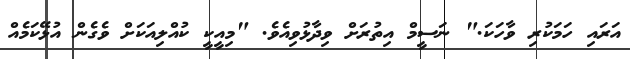
އަރައި ހަމަކުރި ވާހަކަ." ނަސީމް އިތުރަށް ވިދާޅުވިއެވެ. "މިއީކީ ކުއްލިއަކަށް ވެގެން އުޅޭކަމެއް